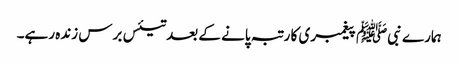
ہمارے نبیﷺ پیغمبری کا رتبہ پانے کے بعد تیئس برس زندہ رہے۔